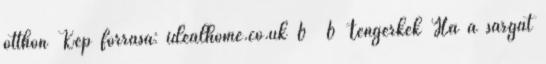
otthon Kép forrása: idealhome.co.uk 6 6 Tengerkék Ha a sárgát